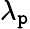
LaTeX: \lambda_{\mathtt{p}}